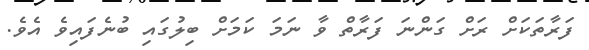
ފަރާތަކަށް ރަށް ގަންނަ ފަރާތް ވާ ނަމަ ކަމަށް ބިލުގައި ބުނެފައިވެ އެވެ.